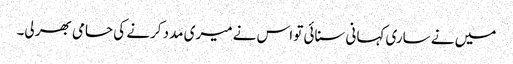
میں نے ساری کہانی سنائی تو اس نے میری مدد کرنے کی حامی بھر لی۔